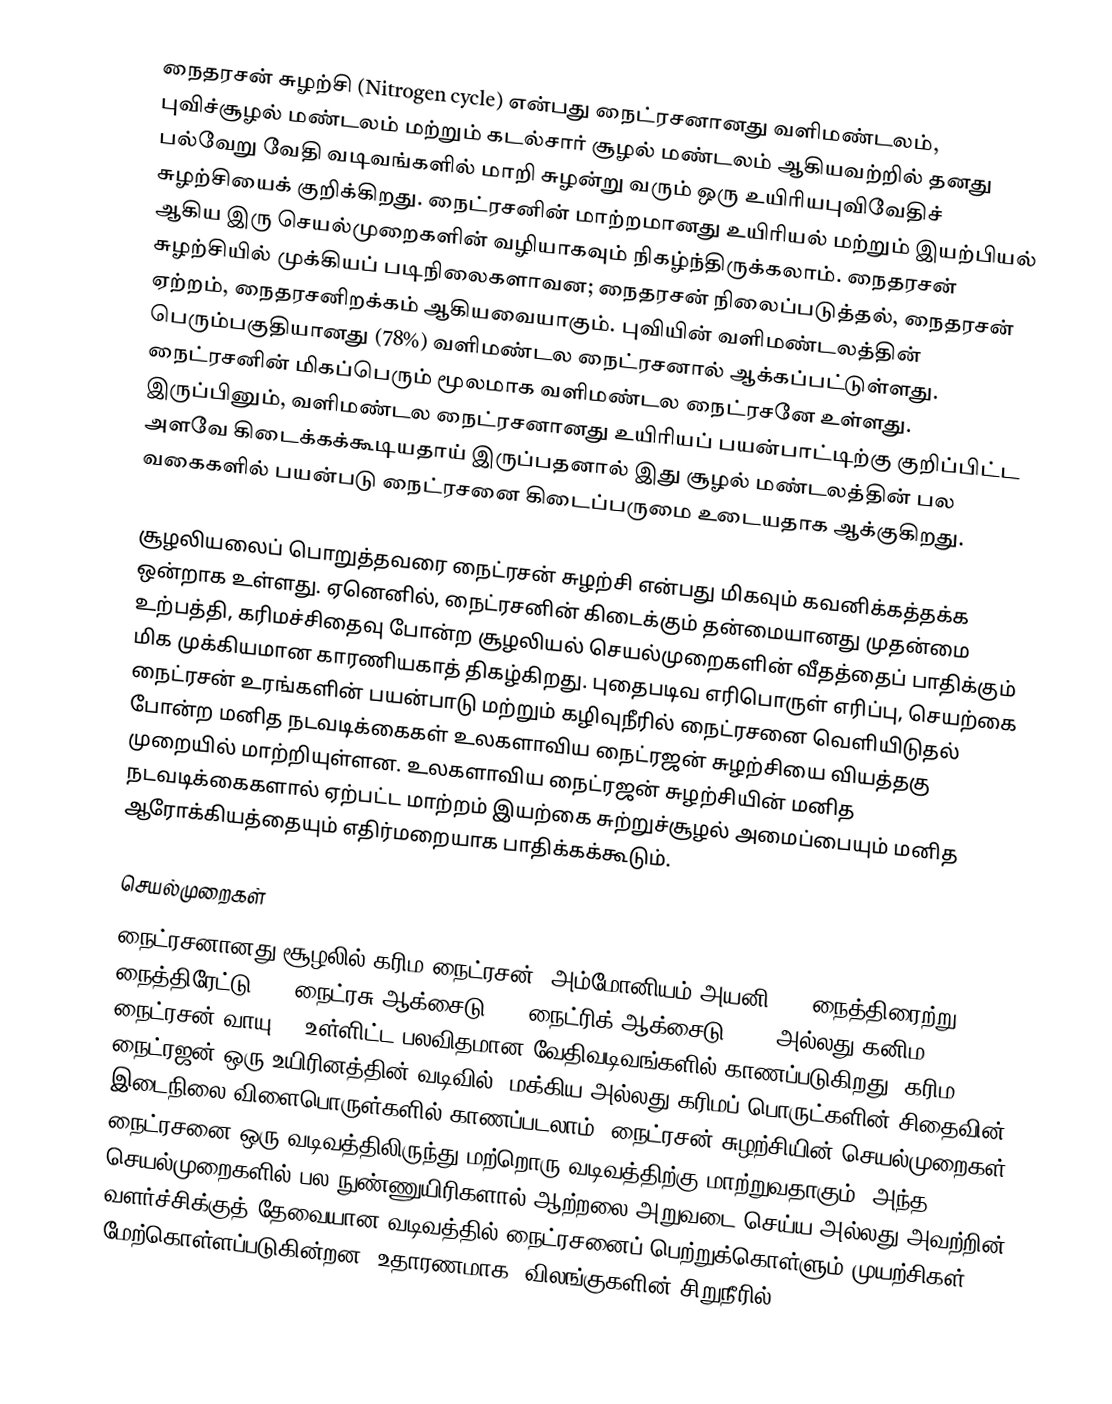
நைதரசன் சுழற்சி (Nitrogen cycle) என்பது நைட்ரசனானது வளிமண்டலம், புவிச்சூழல் மண்டலம் மற்றும் கடல்சார் சூழல் மண்டலம் ஆகியவற்றில் தனது பல்வேறு வேதி வடிவங்களில் மாறி சுழன்று வரும் ஒரு உயிரியபுவிவேதிச் சுழற்சியைக் குறிக்கிறது. நைட்ரசனின் மாற்றமானது உயிரியல் மற்றும் இயற்பியல் ஆகிய இரு செயல்முறைகளின் வழியாகவும் நிகழ்ந்திருக்கலாம். நைதரசன் சுழற்சியில் முக்கியப் படிநிலைகளாவன; நைதரசன் நிலைப்படுத்தல், நைதரசன் ஏற்றம், நைதரசனிறக்கம் ஆகியவையாகும்.  புவியின் வளிமண்டலத்தின் பெரும்பகுதியானது (78%) வளிமண்டல நைட்ரசனால் ஆக்கப்பட்டுள்ளது. நைட்ரசனின் மிகப்பெரும் மூலமாக வளிமண்டல நைட்ரசனே உள்ளது. இருப்பினும், வளிமண்டல நைட்ரசனானது உயிரியப் பயன்பாட்டிற்கு குறிப்பிட்ட அளவே கிடைக்கக்கூடியதாய் இருப்பதனால் இது சூழல் மண்டலத்தின் பல வகைகளில் பயன்படு நைட்ரசனை கிடைப்பருமை உடையதாக ஆக்குகிறது.

சூழலியலைப் பொறுத்தவரை நைட்ரசன் சுழற்சி என்பது மிகவும் கவனிக்கத்தக்க ஒன்றாக உள்ளது. ஏனெனில், நைட்ரசனின் கிடைக்கும் தன்மையானது முதன்மை உற்பத்தி, கரிமச்சிதைவு போன்ற சூழலியல் செயல்முறைகளின் வீதத்தைப் பாதிக்கும் மிக முக்கியமான காரணியகாத் திகழ்கிறது. புதைபடிவ எரிபொருள் எரிப்பு, செயற்கை நைட்ரசன் உரங்களின் பயன்பாடு மற்றும் கழிவுநீரில் நைட்ரசனை வெளியிடுதல் போன்ற மனித நடவடிக்கைகள் உலகளாவிய நைட்ரஜன் சுழற்சியை வியத்தகு முறையில் மாற்றியுள்ளன. உலகளாவிய நைட்ரஜன் சுழற்சியின் மனித நடவடிக்கைகளால் ஏற்பட்ட மாற்றம் இயற்கை சுற்றுச்சூழல் அமைப்பையும் மனித ஆரோக்கியத்தையும் எதிர்மறையாக பாதிக்கக்கூடும்.

செயல்முறைகள்
நைட்ரசனானது சூழலில் கரிம நைட்ரசன், அம்மோனியம் அயனி (), நைத்திரைற்று (), நைத்திரேட்டு (), நைட்ரசு ஆக்சைடு (), நைட்ரிக் ஆக்சைடு (NO) அல்லது கனிம நைட்ரசன் வாயு () உள்ளிட்ட பலவிதமான வேதிவடிவங்களில் காணப்படுகிறது. கரிம நைட்ரஜன் ஒரு உயிரினத்தின் வடிவில், மக்கிய அல்லது கரிமப் பொருட்களின் சிதைவின் இடைநிலை விளைபொருள்களில் காணப்படலாம். நைட்ரசன் சுழற்சியின் செயல்முறைகள் நைட்ரசனை ஒரு வடிவத்திலிருந்து மற்றொரு வடிவத்திற்கு மாற்றுவதாகும். அந்த செயல்முறைகளில் பல நுண்ணுயிரிகளால் ஆற்றலை அறுவடை செய்ய அல்லது அவற்றின் வளர்ச்சிக்குத் தேவையான வடிவத்தில் நைட்ரசனைப் பெற்றுக்கொள்ளும் முயற்சிகள் மேற்கொள்ளப்படுகின்றன. உதாரணமாக, விலங்குகளின் சிறுநீரில்